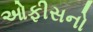
ઓફીસનો